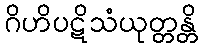
ဂိဟိပဋိသံယုတ္တန္တိ